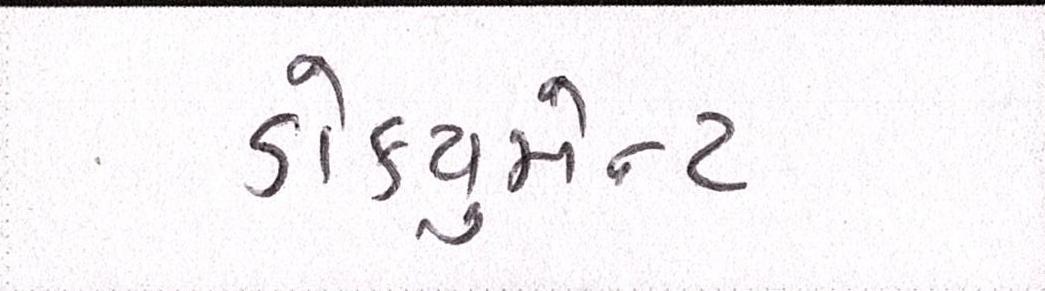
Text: ડોક્યુમેન્ટ